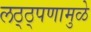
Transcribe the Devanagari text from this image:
लठ्ठ्पणामुळे